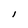
Character: l